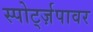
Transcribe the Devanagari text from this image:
स्पोर्ट्ज़पावर